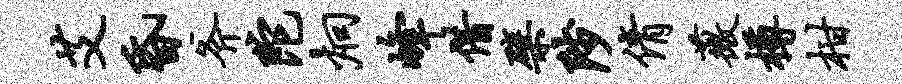
艾昏斧陀炯峰借檗陟倩薇樽柑